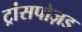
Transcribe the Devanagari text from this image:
ट्रांसपोज़ड